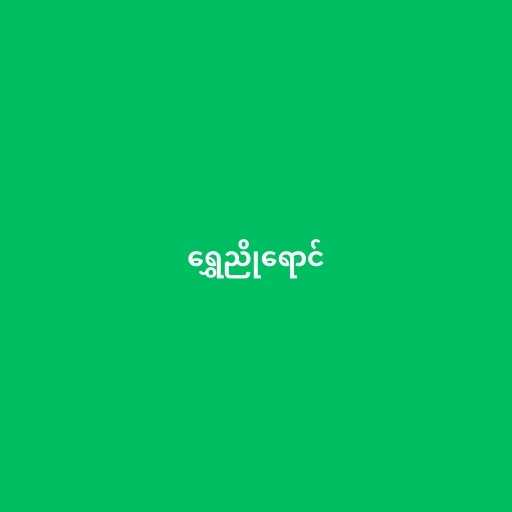
ရွှေညိုရောင်